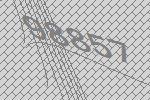
98857